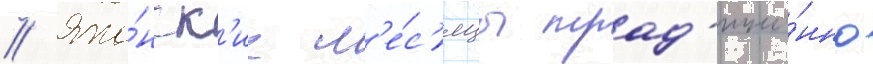
// Япо́нск'ие м'е́с'яцы трад'ицио́нно